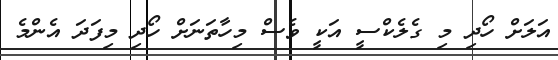
އަލަށް ހޯދި މި ގެލެކްސީ އަކީ ވެސް މިހާތަނަށް ހޯދި މިފަދަ އެންމެ